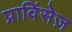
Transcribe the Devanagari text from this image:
प्राविंसेज़